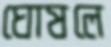
ঘোষলে